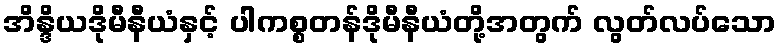
အိန္ဒိယဒိုမီနီယံနှင့် ပါကစ္စတန်ဒိုမီနီယံတို့အတွက် လွတ်လပ်သော